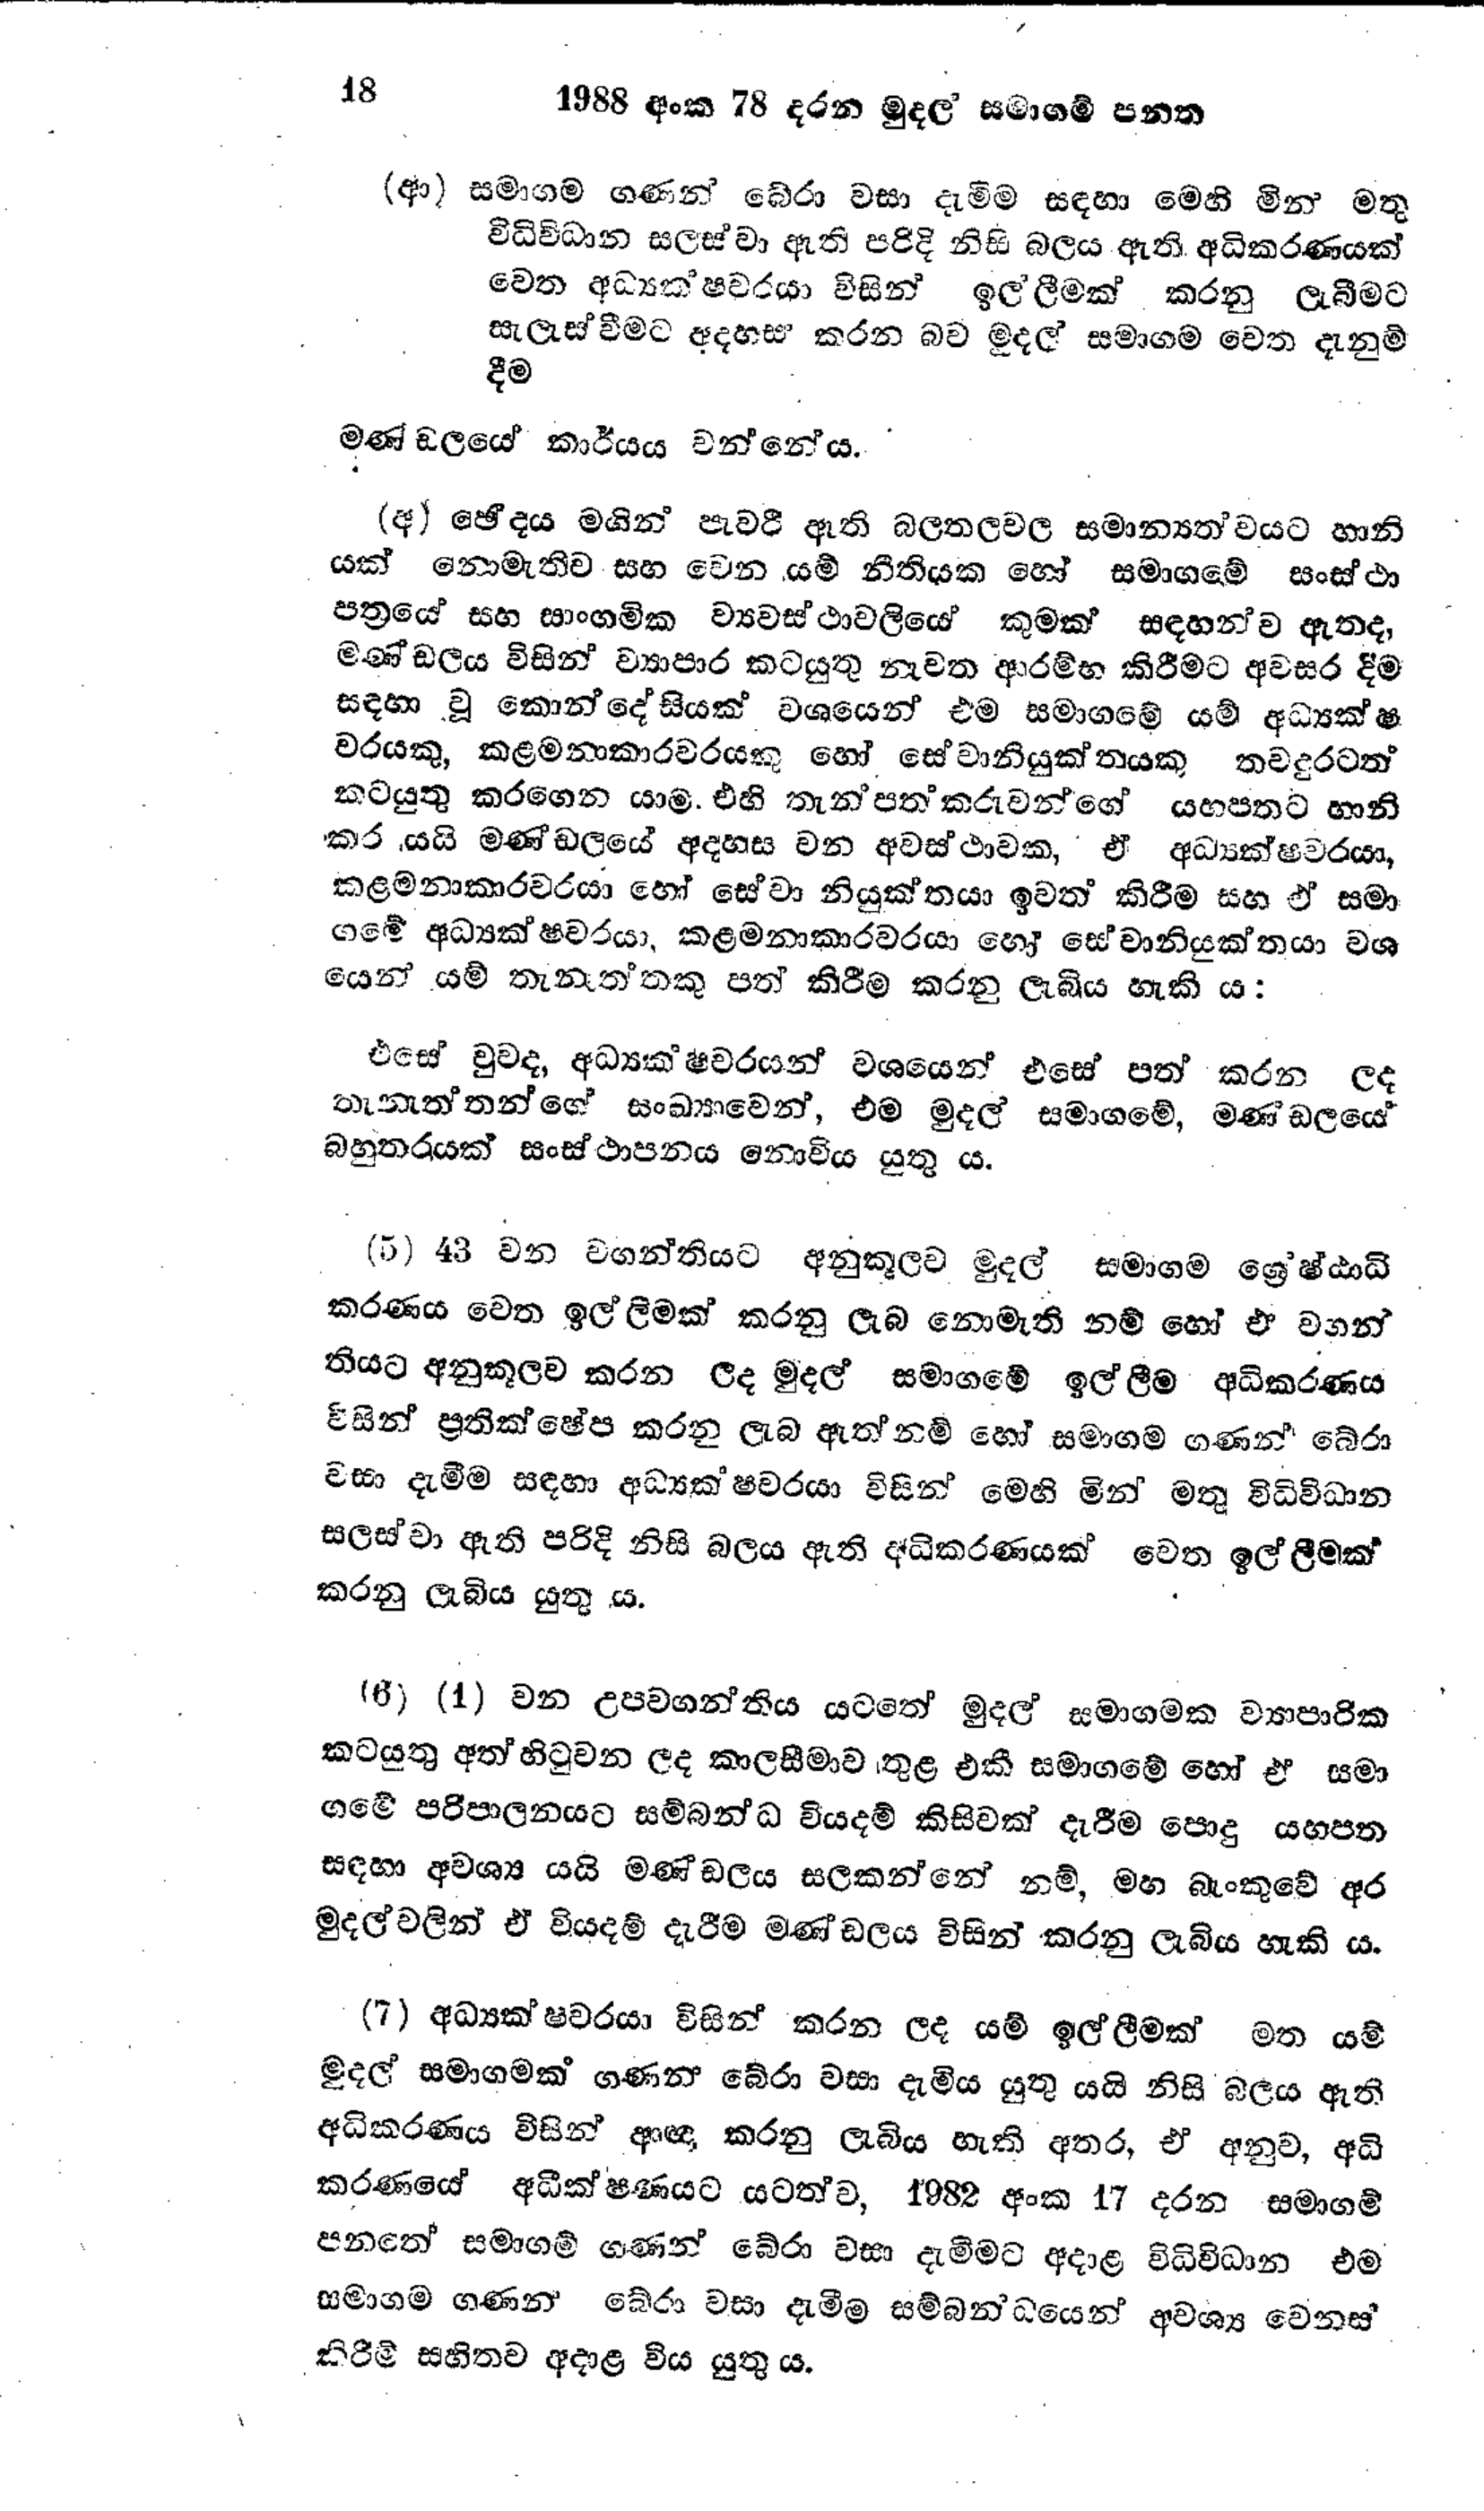
18 1988 අංක 78 දරන මුදල සමාගම් පනත

(ආ) සමාගම ගණන් බේරා වසා දැමීම සඳහා මෙහි මින් මතු
විධිවිධාන සලස්වා ඇති පරිදි නිසි බලය ඇති අධිකරණයක්
වෙත අධ්‍යක්ෂවරයා විසින් ඉල්ලීමක් කරනු ලැබීමට
සැලැස්වීමට අදහස් කරන බව මුදල් සමාගම වෙත දැනුම්
දීම

මණ්ඩලයේ කාර්යය වන්නේය.

(අ) ඡේදය මගින් පැවරී ඇති බලතලවල සමාන්‍යත්වයට හානි
යක් නොමැතිව සහ වෙන යම් නීතියක හෝ සමාගමේ සංස්ථා
පත්‍රයේ සහ සාංගමික ව්‍යවස්ථාවලියේ කුමක් සඳහන්ව ඇතද,
මණ්ඩලය විසින් ව්‍යාපාර කටයුතු නැවත ආරම්භ කිරීමට අවසර දීම
සඳහා වූ කොන්දේසියක් වශයෙන් එම සමාගමේ යම් අධ්‍යක්ෂ
වරයකු, කළමනාකාරවරයකු හෝ සේවානියුක්තයකු තවදුරටත්
කටයුතු කරගෙන යාම. එහි තැන්පත්කරුවන්ගේ යහපතට හානි
කර යයි මණ්ඩලයේ අදහස වන අවස්ථාවක, ඒ අධ්‍යක්ෂවරයා,
කළමනාකාරවරයා හෝ සේවා නියුක්තයා ඉවත් කිරීම සහ ඒ සමා
ගමේ අධ්‍යක්ෂවරයා, කළමනාකාරවරයා හෝ සේවානියුක්තයා වශ
යෙන් යම් තැනැත්තකු පත් කිරීම කරනු ලැබිය හැකි ය:

එසේ වුවද, අධ්‍යක ෂවරයන් වශයෙන් එසේ පත් කරන ලද
තැනැත්තන්ගේ සංඛ්‍යාවෙන්, එම මුදල් සමාගමේ, මණ්ඩලයේ
බහුතරයක් සංස්ථාපනය නොවිය යුතු ය.

(5) 43 වන වගන්තියට අනුකූලව මුදල් සමාගම ශ්‍රේෂ්ඨාධි
කරණය වෙත ඉල්ලීමක් කරනු ලැබ නොමැති නම් හෝ ඒ වගන්
තියට අනුකූලව කරන ලද මුදල් සමාගමේ ඉල්ලීම අධිකරණය
විසින් ප්‍රතික්ෂේප කරනු ලැබ ඇත් නම් හෝ සමාගම ගණන් බේරා
වසා දැමීම සඳහා අධ්‍යක්ෂවරයා විසින් මෙහි මින් මතු විධි විධාන
සලස්වා ඇති පරිදි නිසි බලය ඇති අධිකරණයක් වෙත ඉල්ලීමක්
කරනු ලැබිය යුතු ය.

(6) (1) වන උපවගන්තිය යටතේ මුදල් සමාගමක ව්‍යාපාරික
කටයුතු අත්හිටුවන ලද කාලසීමාව තුළ එකී සමාගමේ හෝ ඒ සමා
ගමේ පරිපාලනයට සම්බන්ධ වියදම් කිසිවක් දැරීම පොදු යහපත
සඳහා අවශ්‍ය යයි මණ්ඩලය සලකන්නේ නම්, මහ බැංකුවේ අර
මුදල් වලින් ඒ වියදම් දැරීම මණ්ඩලය විසින් කරනු ලැබිය හැකි ය.

(7) අධ්‍යක්ෂවරයා විසින් කරන ලද යම් ඉල්ලීමක් මත යම්
මුදල් සමාගමක් ගණන් බේරා වසා දැමිය යුතු යයි නිසි බලය ඇති
අධිකරණය විසින් ආඥා කරනු ලැබිය හැකි අතර, ඒ අනුව, අධි
කරණයේ අධීක්ෂණයට යටත්ව, 1982 අංක 17 දරන සමාගම්
පනතේ සමාගම් ගණන් බේරා වසා දැමීමට අදාළ විධිවිධාන එම
සමාගම ගණන බේරා වසා දැමීම සම්බන්ධයෙන් අවශ්‍ය වෙනස්
කිරීම් සහිතව අදාළ විය යුතු ය.